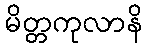
မိတ္တကုလာနိ